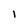
Character: 1